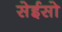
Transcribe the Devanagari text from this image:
सेईसो